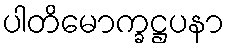
ပါတိမောက္ခဋ္ဌပနာ